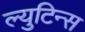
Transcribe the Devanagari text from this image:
ल्युटिन्स